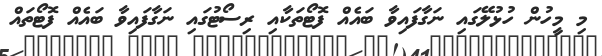
މި މީހުން ހުޅުލޭގައި ނަގާފައިވާ ބައެއް ފޮޓޯތަކާއި ރިސޯޓުގައި ނަގާފައިވާ ބައެއް ފޮޓޯތައް